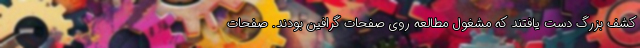
کشف بزرگ دست یافتند که مشغول مطالعه روی صفحات گرافین بودند. صفحات